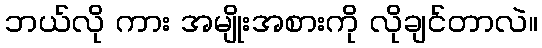
ဘယ်လို ကား အမျိုးအစားကို လိုချင်တာလဲ။